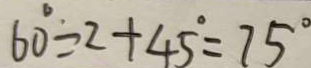
6 0 ^ { \circ } \div 2 + 4 5 ^ { \circ } = 7 5 ^ { \circ }